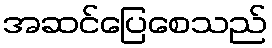
အဆင်ပြေစေသည်